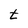
Character: t